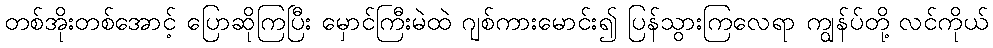
တစ်အိုးတစ်အောင့် ပြောဆိုကြပြီး မှောင်ကြီးမဲထဲ ဂျစ်ကားမောင်း၍ ပြန်သွားကြလေရာ ကျွန်ပ်တို့ လင်ကိုယ်